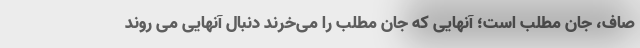
صاف، جان مطلب است؛ آنهایی که جان مطلب را می‌خرند دنبال آنهایی می روند